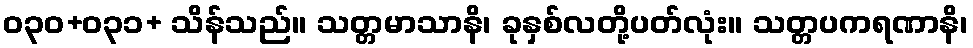
ဝ၃၀+ဝ၃၁+ သိန်သည်။ သတ္တမာသာနိ၊ ခုနှစ်လတို့ပတ်လုံး။ သတ္တပကရဏာနိ၊